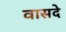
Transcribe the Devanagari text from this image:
वासदे